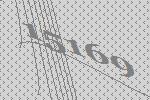
15169